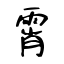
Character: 霄